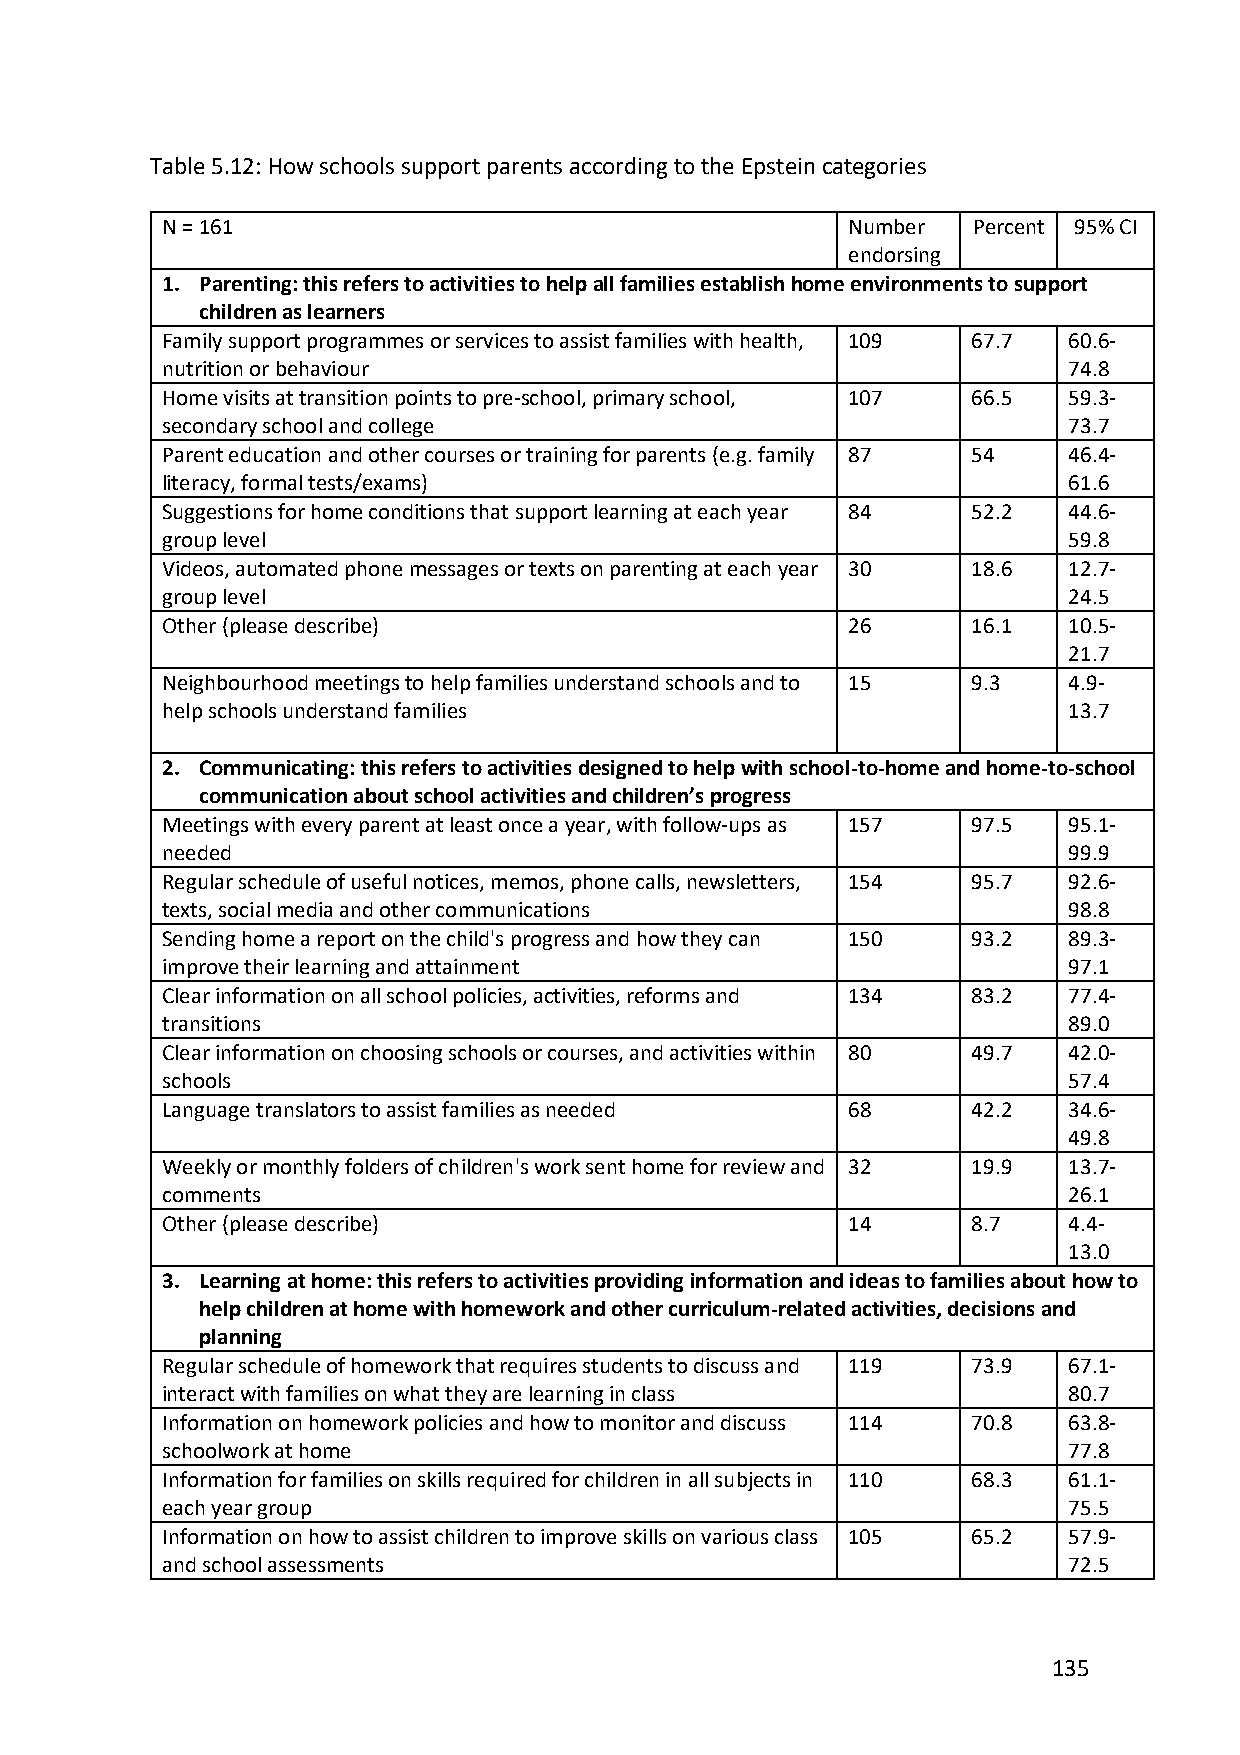
Table 5.12: How schools support parents according to the Epstein categories
 N = 161                                      Number  Percent 95% CI
 endorsing
 1. Parenting: this refers to activities to help all families establish home environments to support
 children as learners
 Family support programmes or services to assist families with health, 109 67.7 60.6-
 nutrition or behaviour                                      74.8
 Home visits at transition points to pre-school, primary school, 107 66.5 59.3-
 secondary school and college                                73.7
 Parent education and other courses or training for parents (e.g. family 87 54 46.4-
 literacy, formal tests/exams)                               61.6
 Suggestions for home conditions that support learning at each year 84 52.2 44.6-
 group level                                                 59.8
 Videos, automated phone messages or texts on parenting at each year 30 18.6 12.7-
 group level                                                 24.5
 Other (please describe)                      26      16.1   10.5-
 21.7
 Neighbourhood meetings to help families understand schools and to 15 9.3 4.9-
 help schools understand families                            13.7
 2. Communicating: this refers to activities designed to help with school-to-home and home-to-school
 communication about school activities and children’s progress
 Meetings with every parent at least once a year, with follow-ups as 157 97.5 95.1-
 needed                                                      99.9
 Regular schedule of useful notices, memos, phone calls, newsletters, 154 95.7 92.6-
 texts, social media and other communications                98.8
 Sending home a report on the child's progress and how they can 150 93.2 89.3-
 improve their learning and attainment                       97.1
 Clear information on all school policies, activities, reforms and 134 83.2 77.4-
 transitions                                                 89.0
 Clear information on choosing schools or courses, and activities within 80 49.7 42.0-
 schools                                                     57.4
 Language translators to assist families as needed 68 42.2   34.6-
 49.8
 Weekly or monthly folders of children's work sent home for review and 32 19.9 13.7-
 comments                                                    26.1
 Other (please describe)                      14      8.7    4.4-
 13.0
 3. Learning at home: this refers to activities providing information and ideas to families about how to
 help children at home with homework and other curriculum-related activities, decisions and
 planning
 Regular schedule of homework that requires students to discuss and 119 73.9 67.1-
 interact with families on what they are learning in class   80.7
 Information on homework policies and how to monitor and discuss 114 70.8 63.8-
 schoolwork at home                                          77.8
 Information for families on skills required for children in all subjects in 110 68.3 61.1-
 each year group                                             75.5
 Information on how to assist children to improve skills on various class 105 65.2 57.9-
 and school assessments                                      72.5
 135